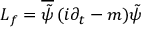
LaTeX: L _ { f } = \overline { { { \tilde { \psi } } } } \, ( i \partial _ { t } - m ) \tilde { \psi }